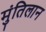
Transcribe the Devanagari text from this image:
मुंतिलान